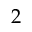
2